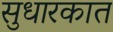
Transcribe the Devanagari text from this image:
सुधारकात